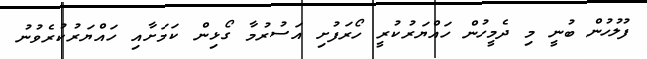
ފުލުހުން ބުނީ މި ދެމީހުން ހައްޔަރުކުރީ ހޯރަފުށި އަސުރުމާ ގޯޅިން ކަމަށާއި ހައްޔަރުކުރެވުނު